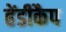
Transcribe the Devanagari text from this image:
हेंडीकैप